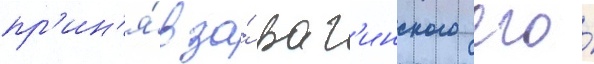
пр'ин'я́в за́ раг'инского его́